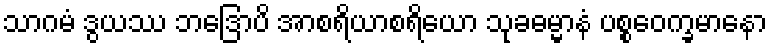
သာဂမံ ဒွယဿ ဘဒြောပိ အာစရိယာစရိယော သုခဓမ္မာနံ ပစ္စဝေက္ခမာနော